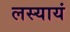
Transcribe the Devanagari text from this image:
लस्यायं